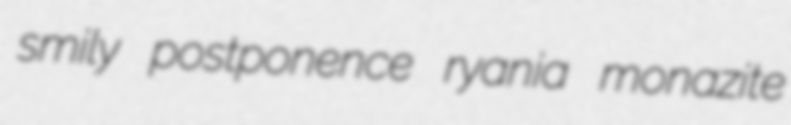
smily postponence ryania monazite